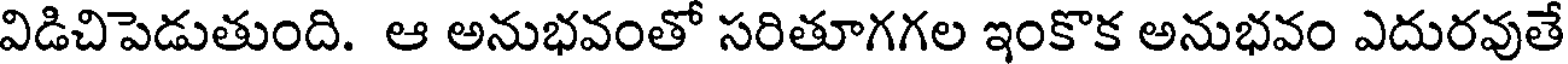
విడిచిపెడుతుంది. ఆ అనుభవంతో సరితూగగల ఇంకొక అనుభవం ఎదురవుతే